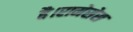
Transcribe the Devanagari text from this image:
है।रामेसेस